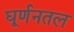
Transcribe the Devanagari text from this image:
घूर्णनतल